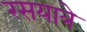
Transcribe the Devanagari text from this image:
रसयात्रे